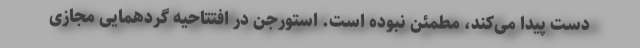
دست پیدا می‌کند، مطمئن نبوده است. استورجن در افتتاحیه گردهمایی مجازی